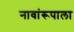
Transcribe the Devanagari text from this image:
नावांरूपाला